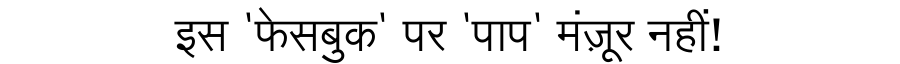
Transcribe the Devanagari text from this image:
इस 'फेसबुक' पर 'पाप' मंज़ूर नहीं!